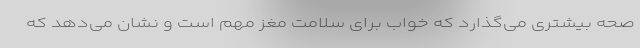
صحه بیشتری می‌گذارد که خواب برای سلامت مغز مهم است و نشان می‌دهد که